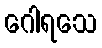
ဂေါရသေ